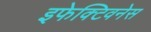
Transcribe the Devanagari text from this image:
इफेक्टिवनेस